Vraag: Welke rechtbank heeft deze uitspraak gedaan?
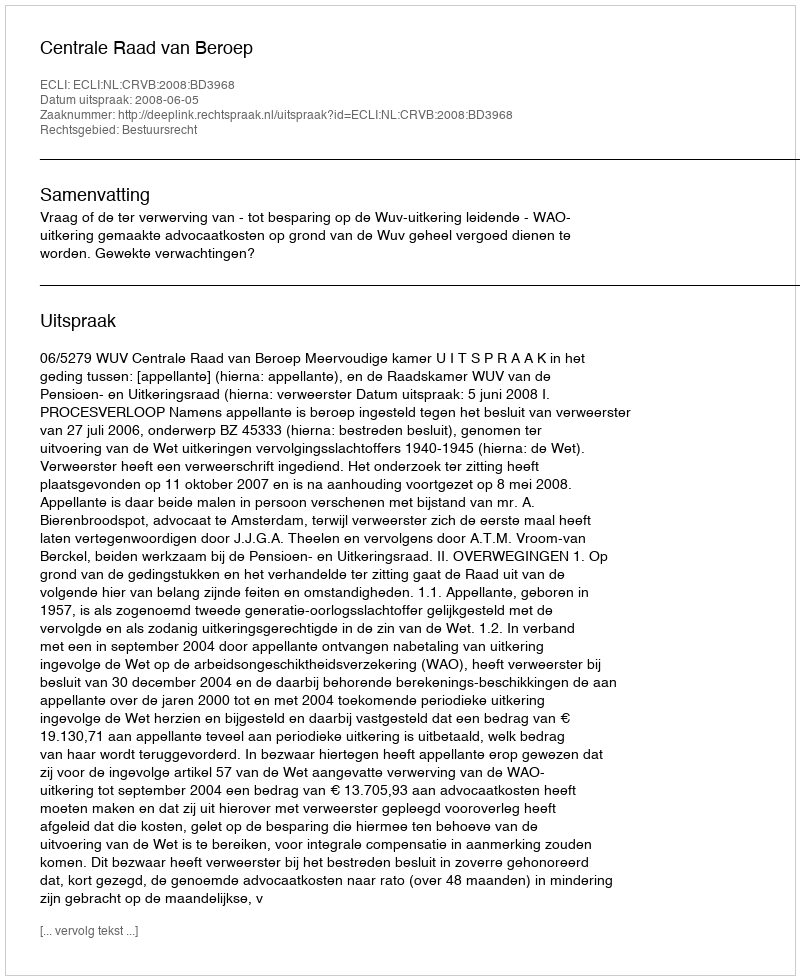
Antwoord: Centrale Raad van Beroep